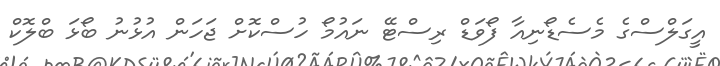
އީގަލްސްގެ މެސެޑޯނިއާ ފޯވަޑް ރިސްޓޭ ނައުމޯ ހުސްކޮށް ޖަހަން އުޅުނު ބޯޅަ ބްލޮކް